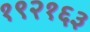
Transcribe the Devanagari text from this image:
१९२१६३